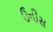
ઉનીસ